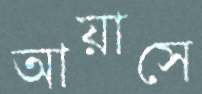
আয়াসে